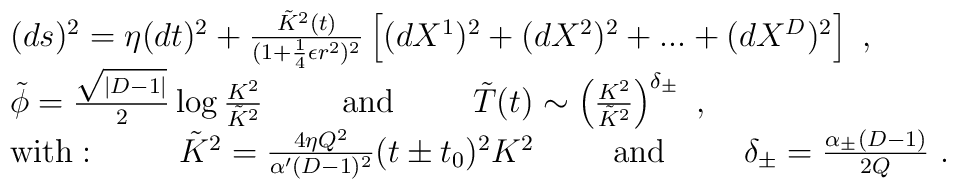
\begin{array}{l}  (d s)^2 = \eta (d t)^2 + \frac{\tilde{K}^2(t)}{(1 + \frac{1}{4}  \epsilon r^2)^2} \left[ (d X^1)^2 + (d X^2)^2 + ... + (d X^D)^2 \right] \ ,\\   \tilde{\phi} = \frac{\sqrt{|D-1|}}{2} \log \frac{K^2}{\tilde{K}^2}   \hspace{10mm} \mbox{and} \hspace{10mm} \tilde{T}(t)    \sim \left( \frac{K^2}{ \tilde{K}^2} \right)^{\delta_{\pm}}\ ,\\   \mbox{with}:\hspace{10mm}    \tilde{K}^2 = \frac{4 \eta Q^2 }{\alpha' (D-1)^2 } (t \pm t_0)^2 K^2    \hspace{10mm}    \mbox{and} \hspace{10mm} \delta_{\pm} = \frac{\alpha_{\pm} (D-1)}{2Q} \ . \end{array}